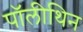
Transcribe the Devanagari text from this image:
पॉलीथिन